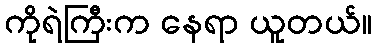
ကိုရဲကြီးက နေရာ ယူတယ်။